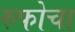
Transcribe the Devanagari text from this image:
रुफोचा